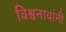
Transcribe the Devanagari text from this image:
विश्वनाथांनी